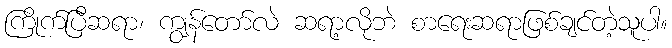
ကြိုက်ပြီဆရာ၊ ကျွန်တော်လဲ ဆရာ့လိုဘဲ စာရေးဆရာဖြစ်ချင်တဲ့သူပါ။